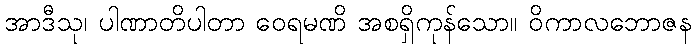
အာဒီသု၊ ပါဏာတိပါတာ ဝေရမဏိ အစရှိကုန်သော။ ဝိကာလဘောဇန